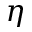
\eta